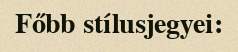
Főbb stílusjegyei: